Civil Veterinary Department. United Provinces 1932-42 - 1932-1942
Year: 1932
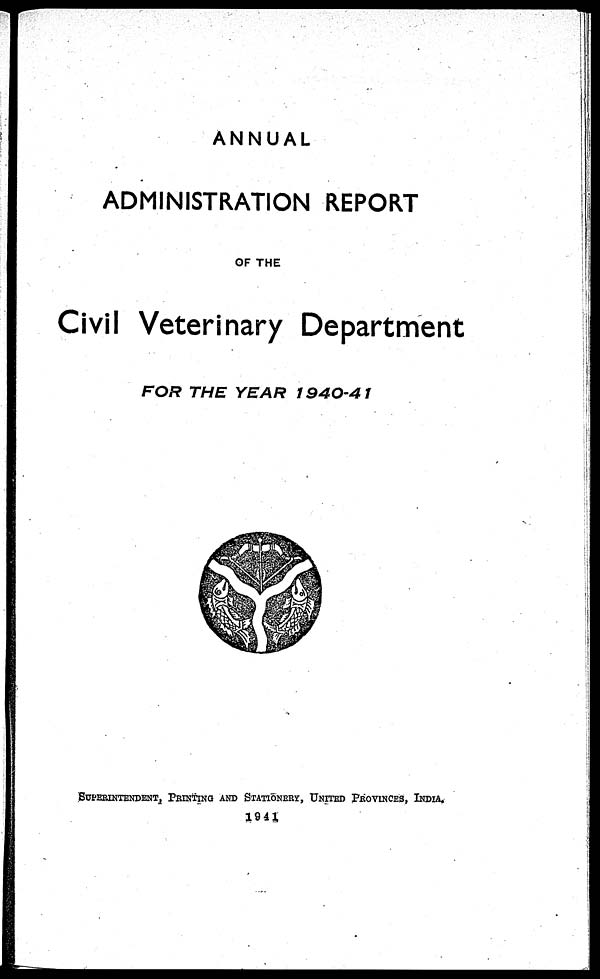
ANNUAL
ADMINISTRATION REPORT
OF THE
Civil Veterinary Department
FOR THE YEAR
1940-41
SUPERINTENDENT, PRINTING AND STATIONERY, UNITED PROVINCES, INDIA.
1941